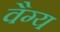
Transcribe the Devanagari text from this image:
वैग्य